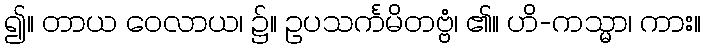
၍။ တာယ ဝေလာယ၊ ၌။ ဥပသင်္ကမိတဗ္ဗံ၊ ၏။ ဟိ-ကသ္မာ၊ ကား။